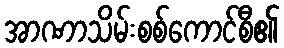
အာဏာသိမ်းစစ်ကောင်စီ၏